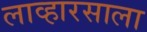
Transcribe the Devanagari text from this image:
लाव्हारसाला